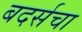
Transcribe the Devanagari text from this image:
बदर्सचा